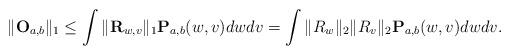
LaTeX: \begin{align*}\|\mathbf{O}_{a, b}\|_1 \le \int \|\mathbf{R}_{w, v}\|_1 \mathbf{P}_{a, b}(w, v) dw dv = \int \|R_w\|_2 \|R_v\|_2 \mathbf{P}_{a, b}(w, v) dw dv.\end{align*}